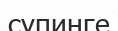
супинге